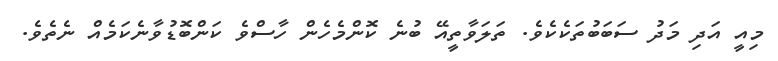
މިއީ އަދި މަދު ސަބަބުތަކެކެވެ. ތަލަވާތީއޭ ބުނެ ކޮންމެހެން ހާސްވެ ކަންބޮޑުވާނެކަމެއް ނެތެވެ.